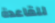
للقاعدة